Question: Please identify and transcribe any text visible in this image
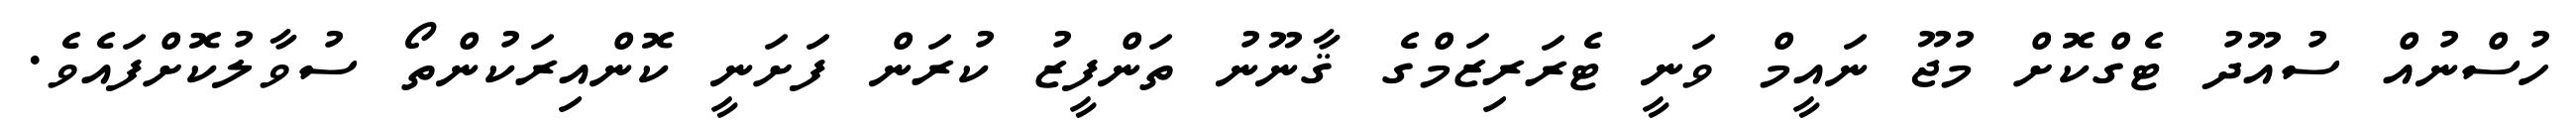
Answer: ހުސްނުއް ސުއޫދު ޓެގްކޮށް މުޖޫ ނައީމް ވަނީ ޓެރަރިޒަމްގެ ޤާނޫނު ތަންފީޒު ކުރަން ފަށަނީ ކޮންއިރަކުންތޯ ސުވާލުކޮށްފައެވެ.